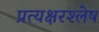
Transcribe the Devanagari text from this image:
प्रत्यक्षरश्लेष